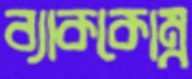
ব্যাককোম্ব